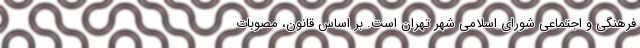
فرهنگی و اجتماعی شورای اسلامی شهر تهران است. بر اساس قانون، مصوبات